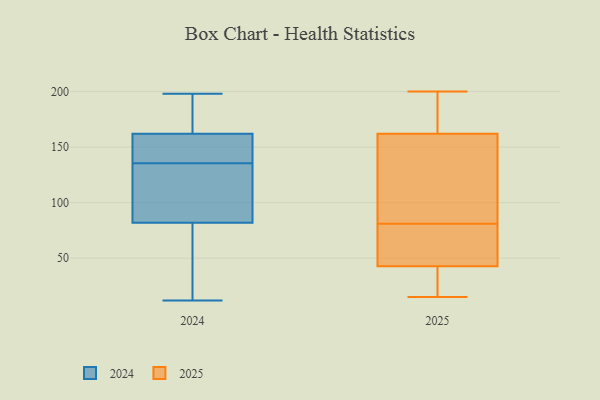
{"axis": {"x": "Operating Costs (USD K)", "y": "Value"}, "legend": ["2024", "2025"], "data": [{"x": "", "y": 12, "type": "2024"}, {"x": "", "y": 48, "type": "2024"}, {"x": "", "y": 141, "type": "2024"}, {"x": "", "y": 162, "type": "2024"}, {"x": "", "y": 198, "type": "2024"}, {"x": "", "y": 117, "type": "2024"}, {"x": "", "y": 118, "type": "2024"}, {"x": "", "y": 87, "type": "2024"}, {"x": "", "y": 137, "type": "2024"}, {"x": "", "y": 182, "type": "2024"}, {"x": "", "y": 91, "type": "2024"}, {"x": "", "y": 77, "type": "2024"}, {"x": "", "y": 152, "type": "2024"}, {"x": "", "y": 139, "type": "2024"}, {"x": "", "y": 176, "type": "2024"}, {"x": "", "y": 35, "type": "2024"}, {"x": "", "y": 134, "type": "2024"}, {"x": "", "y": 172, "type": "2024"}, {"x": "", "y": 35, "type": "2024"}, {"x": "", "y": 162, "type": "2024"}, {"x": "", "y": 24, "type": "2025"}, {"x": "", "y": 200, "type": "2025"}, {"x": "", "y": 57, "type": "2025"}, {"x": "", "y": 133, "type": "2025"}, {"x": "", "y": 76, "type": "2025"}, {"x": "", "y": 188, "type": "2025"}, {"x": "", "y": 38, "type": "2025"}, {"x": "", "y": 81, "type": "2025"}, {"x": "", "y": 15, "type": "2025"}, {"x": "", "y": 153, "type": "2025"}, {"x": "", "y": 28, "type": "2025"}, {"x": "", "y": 61, "type": "2025"}, {"x": "", "y": 133, "type": "2025"}, {"x": "", "y": 169, "type": "2025"}, {"x": "", "y": 165, "type": "2025"}]}